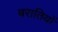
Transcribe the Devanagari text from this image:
बरातियों